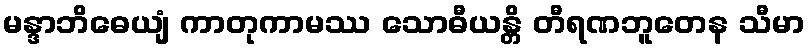
မန္ဒာဘိဓေယျံ ကာတုကာမဿ သောဓီယန္တိ တီရဏဘူတေန သီမာ